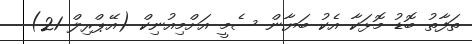
ތަފާތު ބޮޑު މޮޅަކާ އެކު ބަޔާން ސެމީ އަށްމިއުނިކް (އޭޕްރިލް 21)